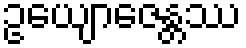
ဥယျောဇေန္တဿ